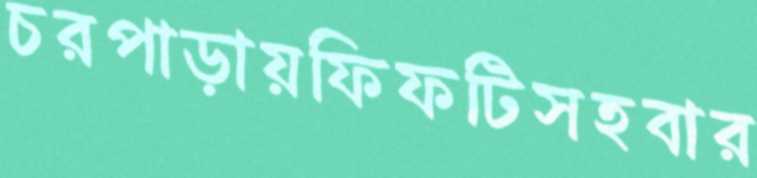
চরপাড়ায়ফিফটিসহবার